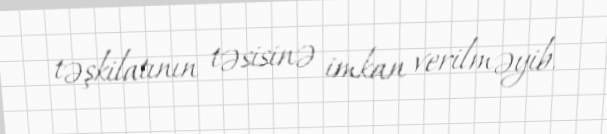
təşkilatının təsisinə imkan verilməyib.